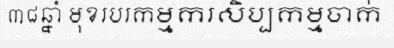
៣៨ឆ្នាំ មុខរបរកម្មករសិប្បកម្មចាក់